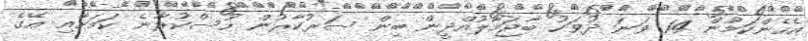
އެހެންކަމުން 14 ވަނަ ދުވަހު ބާޖަމާލުއްދީން ބިން ސަރުކާރުން ހުސްކުރާނެ ކަމަށާއި އޭގެ